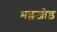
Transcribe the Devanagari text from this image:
मल्लजोड़